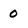
Character: 0